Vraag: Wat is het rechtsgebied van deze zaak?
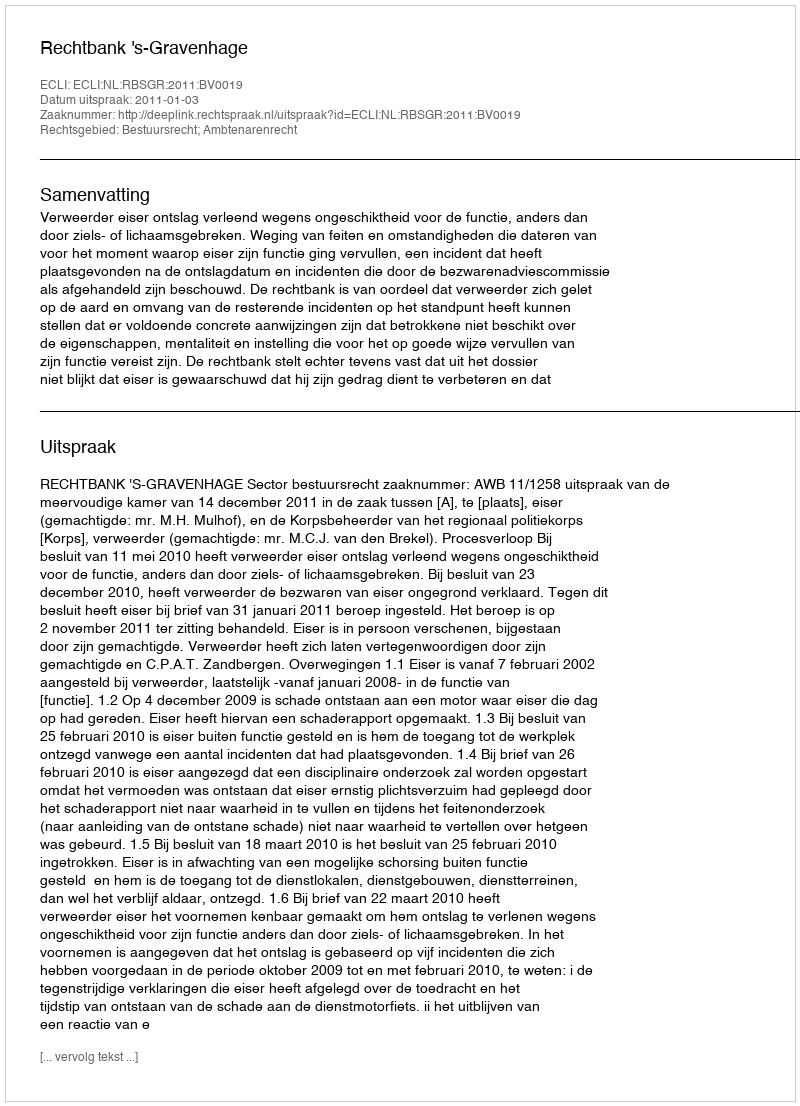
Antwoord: Bestuursrecht; Ambtenarenrecht